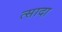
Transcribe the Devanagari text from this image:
त्सादा